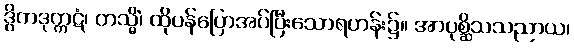
ဒွိကဒုက္ကဋံ၊ တသ္မိံ၊ ထိုပန်ပြောအပ်ပြီးသောရဟန်း၌။ အာပုစ္ဆိသသညာယ၊